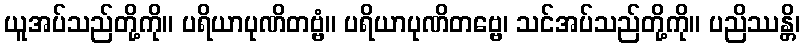
ယူအပ်သည်တို့ကို။ ပရိယာပုဏိတဗ္ဗံ။ ပရိယာပုဏိတဗ္ဗေ၊ သင်အပ်သည်တို့ကို။ ပညိဿန္တိ၊